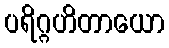
ပရိဂ္ဂဟိတာယော